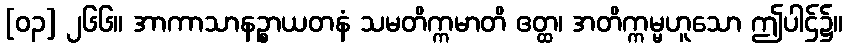
[၀၃] ၂၆၆။ အာကာသာနဉ္စာယတနံ သမတိက္ကမာတိ ဧတ္ထ၊ အတိက္ကမ္မဟူသော ဤပါဌ်၌။